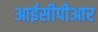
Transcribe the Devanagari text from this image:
आईसीपीआर